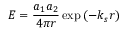
E = { \frac { a _ { 1 } a _ { 2 } } { 4 \pi r } } \exp \left( - k _ { s } r \right)